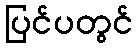
ပြင်ပတွင်